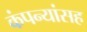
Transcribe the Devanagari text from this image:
कंपन्यांसह